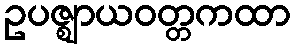
ဥပဇ္ဈာယဝတ္တကထာ